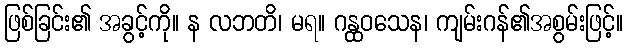
ဖြစ်ခြင်း၏ အခွင့်ကို။ န လဘတိ၊ မရ။ ဂန္ထဝသေန၊ ကျမ်းဂန်၏အစွမ်းဖြင့်။